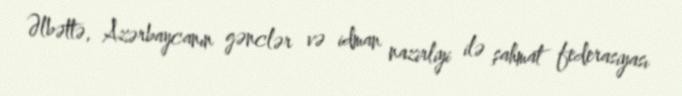
Əlbəttə, Azərbaycanın gənclər və idman nazirliyi ilə şahmat federasiyası